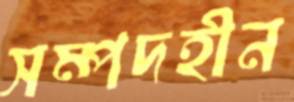
সম্পদহীন